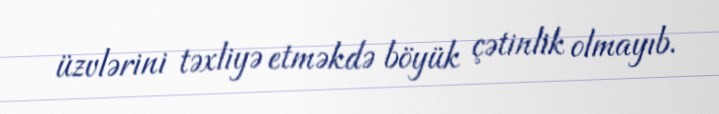
üzvlərini təxliyə etməkdə böyük çətinlik olmayıb.